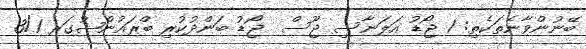
ބޭނުންވާނެތަކެތި: 1 ޖޯޑު އަލަނާސި ޖޫސް  ޖޯޑު ބަންދުކުރި ބްރައުންޝުގަރ 3/1